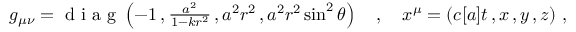
\begin{array} { r } { g _ { \mu \nu } = \textrm { d i a g } \left( - 1 \, , \frac { a ^ { 2 } } { 1 - k r ^ { 2 } } \, , a ^ { 2 } r ^ { 2 } \, , a ^ { 2 } r ^ { 2 } \sin ^ { 2 } \theta \right) \quad , \quad x ^ { \mu } = \left( c [ a ] t \, , x \, , y \, , z \right) \, , } \end{array}